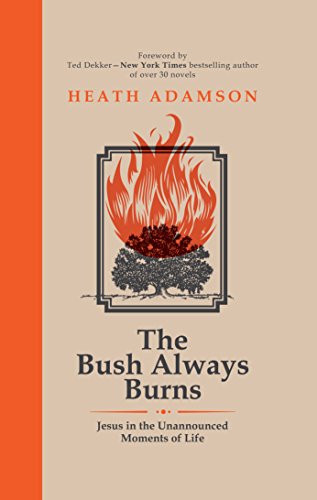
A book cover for The Bush Always Burns: Jesus in the Unannounced Moments of Life; Heath Adamson; Christian Books & Bibles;